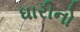
ધારીનો